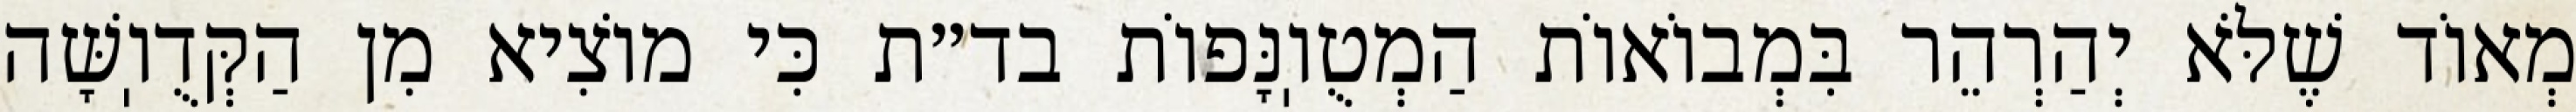
מְאוֹד שֶׁלֹּא יְהַרְהֵר בִּמְבוֹאוֹת הַמְטֻוֽנָּפוֹת בד״ת כִּי מוֹצִיא מִן הַקְּדֻוֽשָּׁה